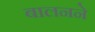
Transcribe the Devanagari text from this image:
बालनने